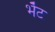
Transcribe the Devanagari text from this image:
भेँट